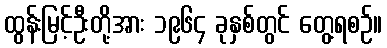
ထွန်းမြင့်ဦးတို့အား ၁၉၆၄ ခုနှစ်တွင် တွေ့ရစဉ်။